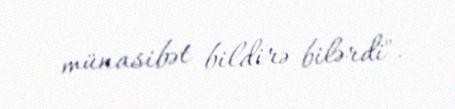
münasibət bildirə bilərdi".